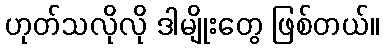
ဟုတ်သလိုလို ဒါမျိုးတွေ ဖြစ်တယ်။